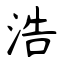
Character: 浩